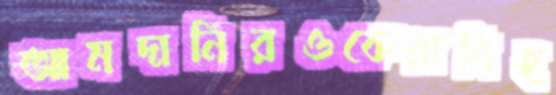
আমদানিরওকেরানিহ